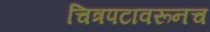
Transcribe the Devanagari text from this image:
चित्रपटावरूनच